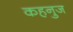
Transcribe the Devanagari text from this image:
कहनुज